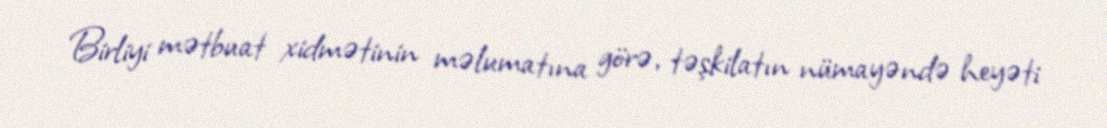
Birliyi mətbuat xidmətinin məlumatına görə, təşkilatın nümayəndə heyəti